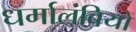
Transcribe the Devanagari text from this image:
धर्मालंबियों